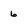
Character: 6